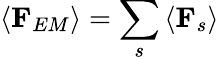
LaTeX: \left\langle\mathbf{F}_{EM}\right\rangle=\sum_{s}\left\langle\mathbf{F}_{s}\right\rangle